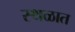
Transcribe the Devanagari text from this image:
स्थळात